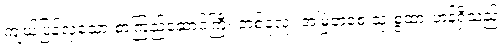
ကျယ်ပြန့်လှသော စာကြည့်ဆောင်ကြီး တစ်ခုလုံး အမြဲတစေ သုံးစွဲထားဟန်ရှိသည့်